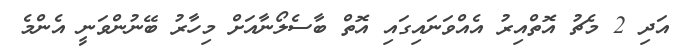
އަދި 2 މެޗު އޮތްއިރު އެއްވަނައިގައި އޮތް ބާސެލޯނާއަށް މިހާރު ބޭނުންވަނީ އެންމެ